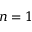
n = 1